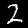
Label: 2